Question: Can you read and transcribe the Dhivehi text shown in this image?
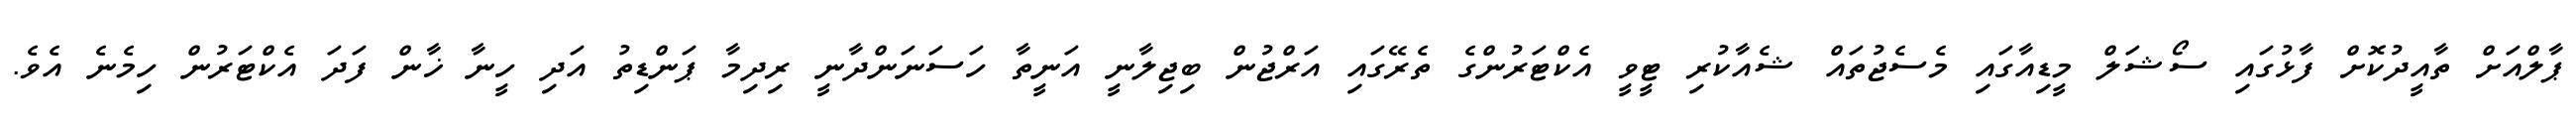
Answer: ޕާލްއަށް ތާއީދުކޮށް ފާޅުގައި ސޯޝަލް މީޑިއާގައި މެސެޖުތައް ޝެއާކުރި ޓީވީ އެކްޓަރުންގެ ތެރޭގައި އަރްޖުން ބިޖިލާނީ އަނީތާ ހަސަނަންދާނީ ރިދިމާ ޕަންޑިތު އަދި ހީނާ ޚާން ފަދަ އެކްޓަރުން ހިމެނެ އެވެ.